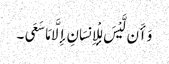
وَأَن لَّیْسَ لِلْإِنسَانِ إِلَّا مَا سَعَی ۔